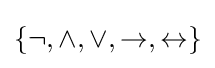
\{\neg ,\land ,\lor ,\to ,\leftrightarrow \}